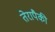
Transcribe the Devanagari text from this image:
तेरापैकी